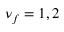
\nu _ { f } = 1 , 2